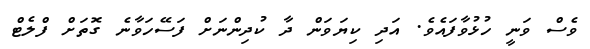
ވެސް ވަނީ ހުޅުވާފައެވެ. އަދި ކިޔަވަން ދާ ކުދިންނަށް ފަސޭހަވާނެ ގޮތަށް ފްލެޓް